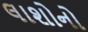
લાશોનો